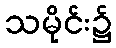
သမိုင်း၌